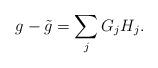
LaTeX: \begin{align*}g-\tilde{g}=\sum_{j}G_jH_j.\end{align*}